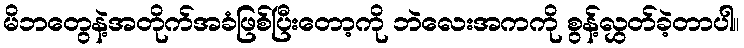
မိဘတွေနဲ့အတိုက်အခံဖြစ်ပြီးတော့ကို ဘဲလေးအကကို စွန့်လွှတ်ခဲ့တာပါ။